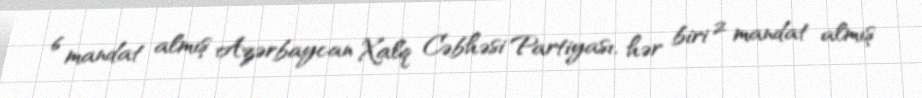
6 mandat almış Azərbaycan Xalq Cəbhəsi Partiyası, hər biri 2 mandat almış